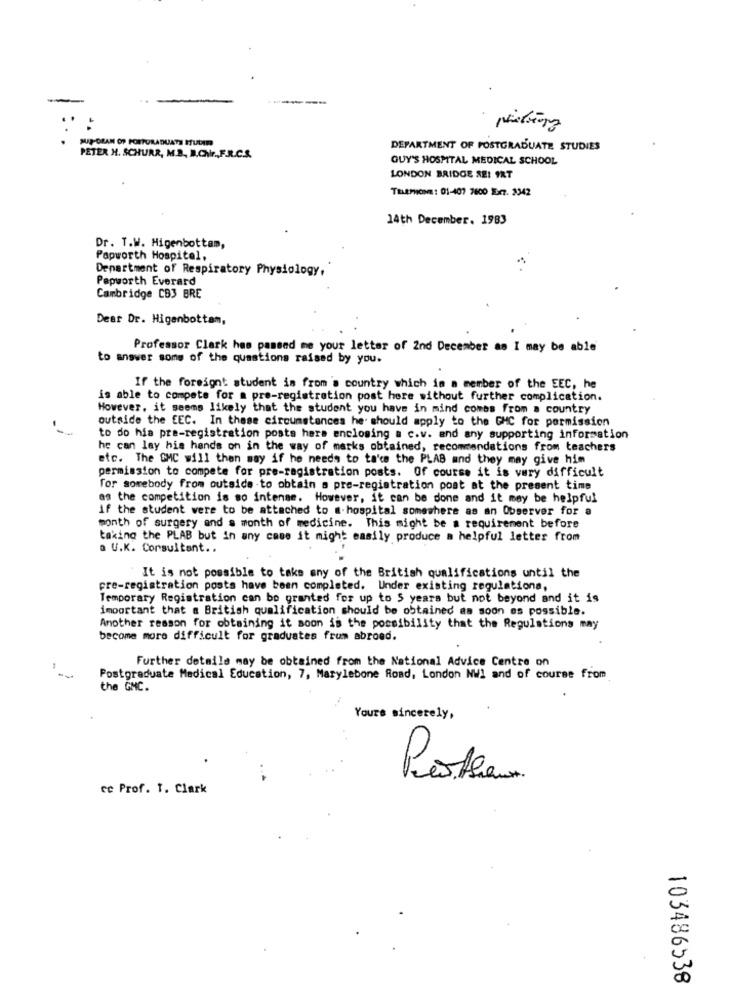
--
SUP-GRAN OP FORPORADUATS IULID
DEPARTMENT OF POSTGRADUATE STUDIES
PETER H. SCHURR, M.B. B.Chr.F.R.C.S.
GUY'S HOSPITAL MEDICAL SCHOOL
LONDON BRIDGE SE! IRT
TELEFONE: 01-107 7600 Exr7. 3342
14th December. 1983
Dr. T.W. Higenbottam,
Papworth Hospital,
Department of Respiratory Physiology,
Papworth Everard
Cambridge CB3 BRE
Dear Dr. Higenbottam,
Professor Clark has passed me your letter of 2nd December as I may be able
to answer some of the questions raised by you.
If the foreignt student is from a country which in a member of the EEC, he
is able to compete for a pre-registration post here without further complication.
However, it seems likely that the student you have in mind comes from a country
outside the EEC. In these circumstances he. should apply to the GHC for permission
to do hia pre-registration posts hers enclosing a c.v. and any supporting information
he can lay his hands on in the way of marks obtained, recommendations from teachers
etc. The OMC will then may if he needs to ta's the PLAB and they may give him
permission to compete for pre-registration posts. Of course it is very difficult
for somebody from outside -to obtain a pre-registration post at the present time
as the competition is so intense. However, it can be done and it may be helpful
if the student were to be attached to a hospital somewhere as an Observer for a
month of surgery and a month of medicine. This might be a requirement before
taking the PLAB but in any case it might easily produce a helpful letter from
a U.K. Consultant ..
It is not possible to take any of the British qualifications until the
pre-registration posts have been completed. Under existing regulations,
Temporary Registration can be granted for up to 5 years but not beyond and it is
important that a British qualification should be obtained as soon as possible.
Another reason for obtaining it soon is the possibility that the Regulations may
become more difficult for graduates frum abroad.
Further details may be obtained from the National Advice Centre on
-
Postgraduate Medical Education, 7, Marylebone Road, London NW1 and of course from
the GMC.
Yours sincerely,
ce Prof. 1. Clark
103486538